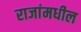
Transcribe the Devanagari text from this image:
राजांमधील